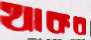
থাকব